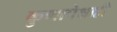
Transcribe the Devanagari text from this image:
कुणापेक्षाही